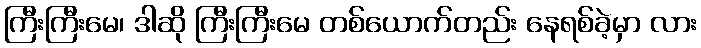
ကြီးကြီးမေ၊ ဒါဆို ကြီးကြီးမေ တစ်ယောက်တည်း နေရစ်ခဲ့မှာ လား